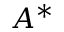
A ^ { * }